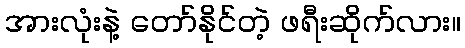
အားလုံးနဲ့ တော်နိုင်တဲ့ ဖရီးဆိုက်လား။